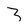
Character: 3